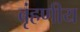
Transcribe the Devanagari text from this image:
बृंहणीय